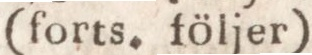
(forts. följer)